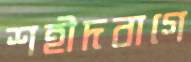
শহীদবাগে